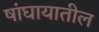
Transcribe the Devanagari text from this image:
षांघायातील